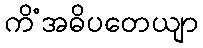
ကိံအဓိပတေယျာ